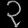
Digit: ၃